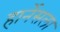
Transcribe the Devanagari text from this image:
हार्नेसला